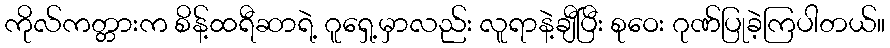
ကိုလ်ကတ္တားက စိန့်ထရီဆာရဲ့ ဂူရှေ့မှာလည်း လူရာနဲ့ချီပြီး စုဝေး ဂုဏ်ပြုခဲ့ကြပါတယ်။